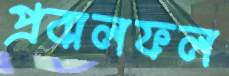
প্রবালফল